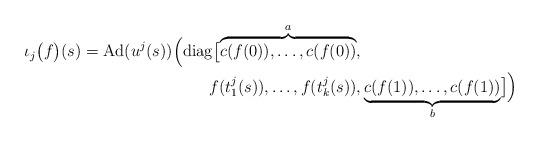
LaTeX: \begin{align*}\begin{aligned}\iota_j\bigl(f\bigr)(s) = \operatorname{Ad}(u^j(s)) \Bigl( \operatorname{diag}\bigl[\overbrace{c(f(0)), \dots, c(f(0))}^a, & \\f(t_1^j(s)), \dots, f(t_k^j(s)), &\underbrace{c(f(1)), \dots, c(f(1))}_b \bigr] \Bigr) \end{aligned}\end{align*}